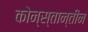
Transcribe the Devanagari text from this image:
कोन्स्तान्तीन